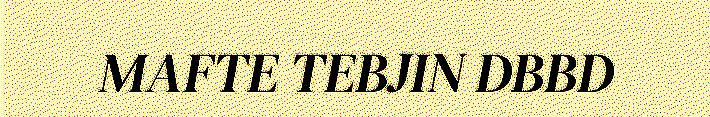
MAFTE TEBJIN DBBD